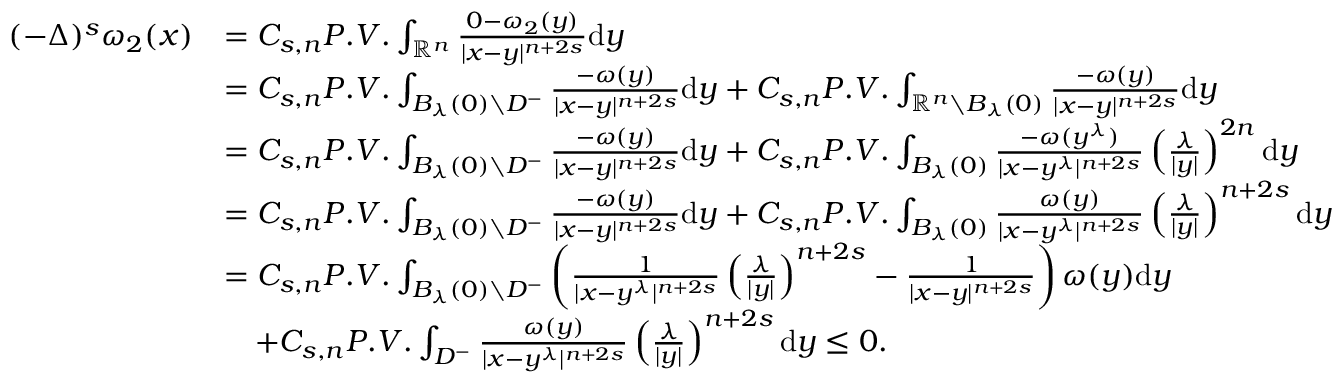
\begin{array} { r l } { ( - \Delta ) ^ { s } \omega _ { 2 } ( x ) } & { = C _ { s , n } P . V . \int _ { \mathbb R ^ { n } } \frac { 0 - \omega _ { 2 } ( y ) } { | x - y | ^ { n + 2 s } } \mathrm { d } y } \\ & { = C _ { s , n } P . V . \int _ { B _ { \lambda } ( 0 ) \setminus D ^ { - } } \frac { - \omega ( y ) } { | x - y | ^ { n + 2 s } } \mathrm { d } y + C _ { s , n } P . V . \int _ { \mathbb R ^ { n } \setminus B _ { \lambda } ( 0 ) } \frac { - \omega ( y ) } { | x - y | ^ { n + 2 s } } \mathrm { d } y } \\ & { = C _ { s , n } P . V . \int _ { B _ { \lambda } ( 0 ) \setminus D ^ { - } } \frac { - \omega ( y ) } { | x - y | ^ { n + 2 s } } \mathrm { d } y + C _ { s , n } P . V . \int _ { B _ { \lambda } ( 0 ) } \frac { - \omega ( y ^ { \lambda } ) } { | x - y ^ { \lambda } | ^ { n + 2 s } } \left( \frac { \lambda } { | y | } \right) ^ { 2 n } \mathrm { d } y } \\ & { = C _ { s , n } P . V . \int _ { B _ { \lambda } ( 0 ) \setminus D ^ { - } } \frac { - \omega ( y ) } { | x - y | ^ { n + 2 s } } \mathrm { d } y + C _ { s , n } P . V . \int _ { B _ { \lambda } ( 0 ) } \frac { \omega ( y ) } { | x - y ^ { \lambda } | ^ { n + 2 s } } \left( \frac { \lambda } { | y | } \right) ^ { n + 2 s } \mathrm { d } y } \\ & { = C _ { s , n } P . V . \int _ { B _ { \lambda } ( 0 ) \setminus D ^ { - } } \left( \frac { 1 } { | x - y ^ { \lambda } | ^ { n + 2 s } } \left( \frac { \lambda } { | y | } \right) ^ { n + 2 s } - \frac { 1 } { | x - y | ^ { n + 2 s } } \right) \omega ( y ) \mathrm { d } y } \\ & { \quad + C _ { s , n } P . V . \int _ { D ^ { - } } \frac { \omega ( y ) } { | x - y ^ { \lambda } | ^ { n + 2 s } } \left( \frac { \lambda } { | y | } \right) ^ { n + 2 s } \mathrm { d } y \leq 0 . } \end{array}